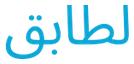
لطابق